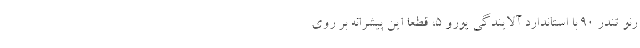
رنو تندر ۹۰ با استاندارد آلایندگی یورو ۵، قطعا این پیشرانه بر روی